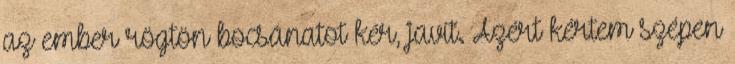
az ember rögtön bocsánatot kér, javít. Azért kértem szépen